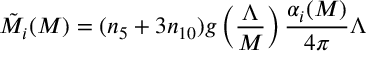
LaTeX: \tilde { M } _ { i } ( M ) = ( n _ { 5 } + 3 n _ { 1 0 } ) g \left( { \frac { \Lambda } { M } } \right) { \frac { \alpha _ { i } ( M ) } { 4 \pi } } \Lambda